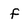
Character: f